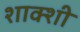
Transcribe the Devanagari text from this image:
शाक्शी